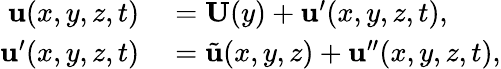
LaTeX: \begin{array}{rl}{\mathbf{u}(x,y,z,t)}&{{}=\mathbf{U}(y)+\mathbf{u^{\prime}}(x,y,z,t),}\\ {\mathbf{u^{\prime}}(x,y,z,t)}&{{}=\tilde{\mathbf{u}}(x,y,z)+\mathbf{u^{\prime\prime}}(x,y,z,t),}\end{array}